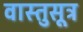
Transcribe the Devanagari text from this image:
वास्तुसूत्र